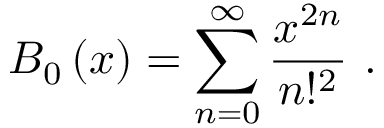
B _ { 0 } \left( x \right) = \sum _ { n = 0 } ^ { \infty } \frac { x ^ { 2 n } } { n ! ^ { 2 } } \ .